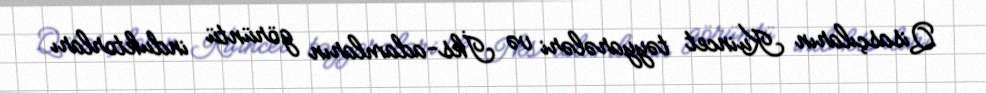
Qisasçıların Kuincet təyyarələri və İks-adamların görüntü induktorları